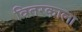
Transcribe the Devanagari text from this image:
वितरकाला